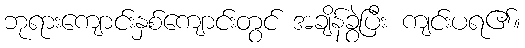
ဘုရားကျောင်းနှစ်ကျောင်းတွင် အချိန်ခွဲပြီး ကျင်းပရ၏။